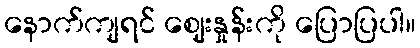
နောက်ကျရင် ဈေးနှုန်းကို ပြောပြပါ။